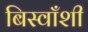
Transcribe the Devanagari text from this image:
बिस्वाँशी